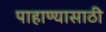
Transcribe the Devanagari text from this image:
पाहाण्यासाठी